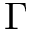
\Gamma